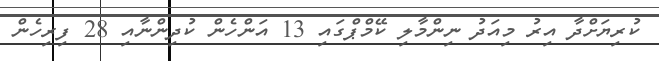
ކުރިޔަށްދާ އިރު މިއަދު ނިންމާލި ކޭމްޕްގައި 13 އަންހެން ކުދިންނާއި 28 ފިރިހެން